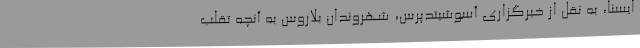
ایسنا، به نقل از خبرگزاری آسوشیتدپرس، شهروندان بلاروس به آنچه تقلب